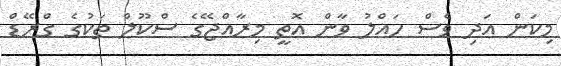
މިކަން އަދި ވެސް ހައްލު ވާން އޮތީ މިރާއްޖޭގެ ސްކޫލް ތަކުގެ ގްރޭޑް